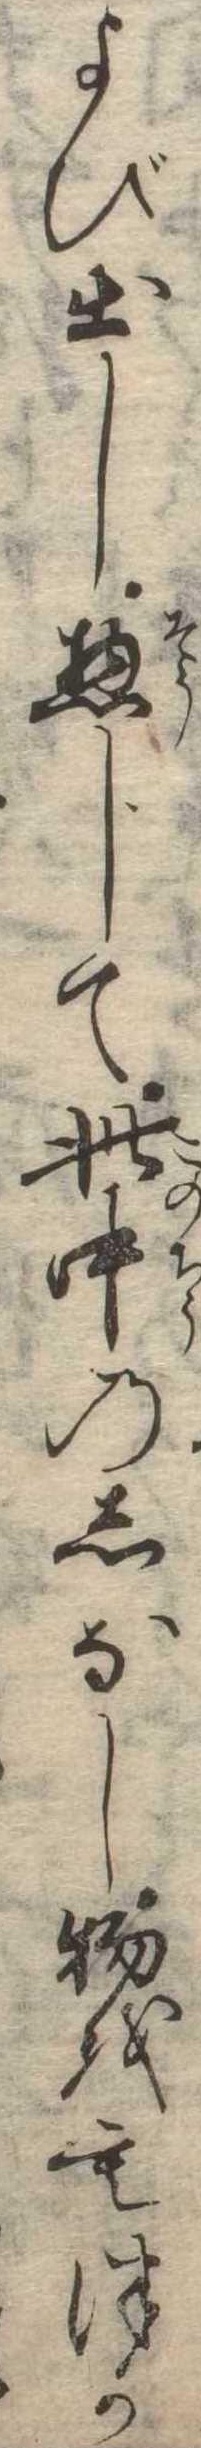
よび出し惣じて此中のしなし物をもつか